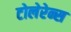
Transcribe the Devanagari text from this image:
टोलेरेन्स